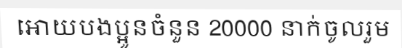
អោយបងប្អូនចំនួន 20000 នាក់ចូលរួម